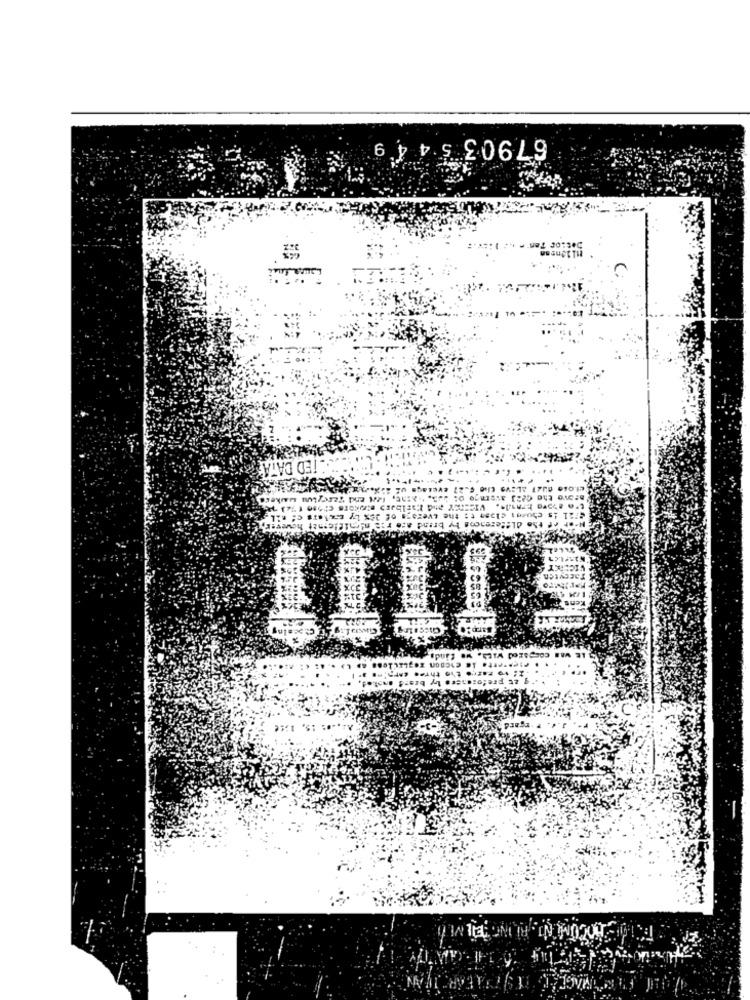
67903 544 9
Lor Tan . ..
Jura fru
-TED DATA: